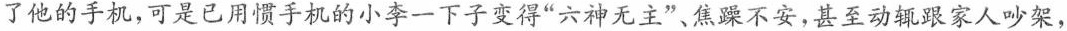
了他的手机，可是已用惯手机的小李一下子变得”六神无主”、焦躁不安，甚至动辄跟家人吵架，